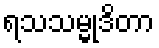
ရသသမ္မုဒိတာ